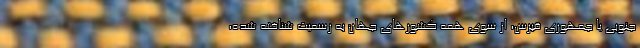
جنوبی یا جمهوری قبرس، از سوی همه کشورهای جهان به رسمیت شناخته شده،